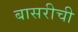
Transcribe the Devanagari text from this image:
बासरीची